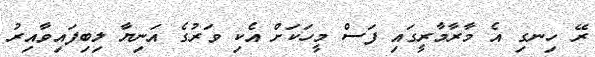
ރޭ ހިނގި އެ މާރާމާރީގައި ފަސް މީހަކަށް އެކި ވަރުގެ އަނިޔާ ލިބިފައިވާއިރު